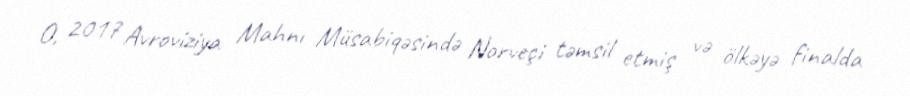
O, 2017 Avroviziya Mahnı Müsabiqəsində Norveçi təmsil etmiş və ölkəyə finalda